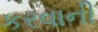
કરવાની